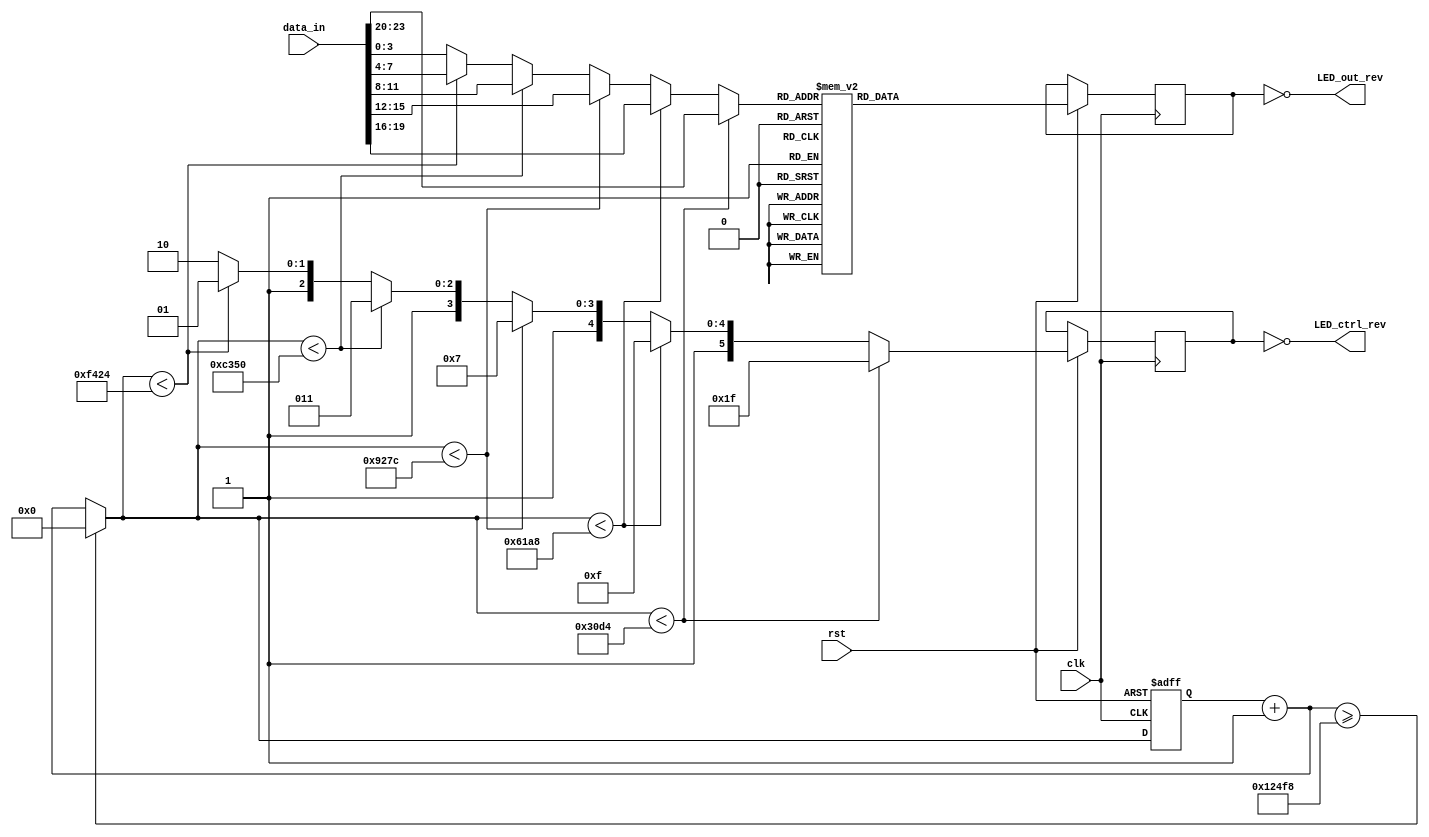
`timescale 1ns / 1ps
//////////////////////////////////////////////////////////////////////////////////
// Company: 
// Engineer: 
// 
// Design Name: 
// Module Name:    Anvyl_DISP 
// Project Name: 
// Target Devices: 
// Tool versions: 
// Description: 
//
// Dependencies: 
//
// Revision: 
// Revision 0.01 - File Created
// Additional Comments: 
//
//////////////////////////////////////////////////////////////////////////////////
module Anvyl_DISP(
    output [7 : 0] LED_out_rev,
    output [5 : 0] LED_ctrl_rev,
    input clk,
    input rst,
    input [23 : 0] data_in
    );

	reg [7 : 0] LED_out;
	reg [5 : 0] LED_ctrl;
	reg [3 : 0] LED_content;
	reg [19 : 0] timer;
	
	assign LED_out_rev = ~LED_out;
	assign LED_ctrl_rev = ~LED_ctrl;

	// 7-segment
	always @(posedge clk or negedge rst)
	begin
		if (rst == 0)
		begin
			timer = 0;
		end
		else
		begin
			timer = timer+1;
			if (timer >= 75000)
			begin
				timer = 0;
			end
			if (timer < 12500)
			begin
				LED_ctrl = 6'b011111;
				LED_content = data_in[23 : 20];
			end
			else if (timer < 25000)
			begin
				LED_ctrl = 6'b101111;
				LED_content = data_in[19 : 16];
			end
			else if (timer < 37500)
			begin
				LED_ctrl = 6'b110111;
				LED_content = data_in[15 : 12];
			end
			else if (timer < 50000)
			begin
				LED_ctrl = 6'b111011;
				LED_content = data_in[11 : 8];
			end
			else if (timer < 62500)
			begin
				LED_ctrl = 6'b111101;
				LED_content = data_in[7 : 4];
			end
			else
			begin
				LED_ctrl = 6'b111110;
				LED_content = data_in[3 : 0];
			end
			// encode
			case (LED_content)
				4'b0000:	LED_out = 8'b00000011;
				4'b0001:	LED_out = 8'b10011111;
				4'b0010:	LED_out = 8'b00100101;
				4'b0011:	LED_out = 8'b00001101;
				4'b0100:	LED_out = 8'b10011001;
				4'b0101:	LED_out = 8'b01001001;
				4'b0110:	LED_out = 8'b01000001;
				4'b0111:	LED_out = 8'b00011111;
				4'b1000:	LED_out = 8'b00000001;
				4'b1001:	LED_out = 8'b00001001;
				4'b1010:	LED_out = 8'b00010001;
				4'b1011:	LED_out = 8'b11000001;
				4'b1100:	LED_out = 8'b01100011;
				4'b1101:	LED_out = 8'b10000101;
				4'b1110:	LED_out = 8'b01100001;
				4'b1111:	LED_out = 8'b01110001;
			endcase
		end
	end

endmodule